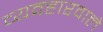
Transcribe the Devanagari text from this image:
व्यवहारवाले